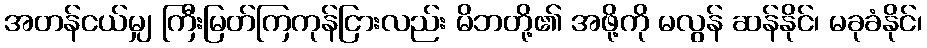
အတန်ငယ်မျှ ကြီးမြတ်ကြကုန်ငြားလည်း မိဘတို့၏ အဖို့ကို မလွန် ဆန်နိုင်၊ မခုခံနိုင်၊